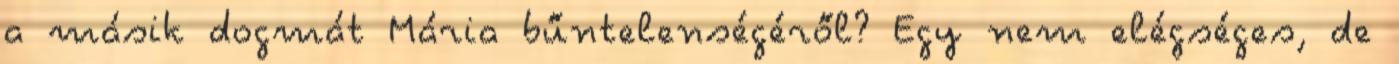
a másik dogmát Mária bűntelenségéről? Egy nem elégséges, de